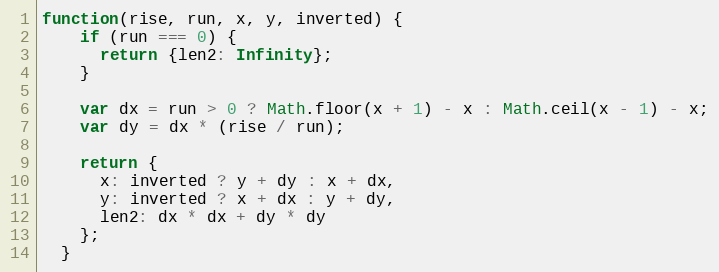
Language: JavaScript
function(rise, run, x, y, inverted) {
    if (run === 0) {
      return {len2: Infinity};
    }

    var dx = run > 0 ? Math.floor(x + 1) - x : Math.ceil(x - 1) - x;
    var dy = dx * (rise / run);

    return {
      x: inverted ? y + dy : x + dx,
      y: inverted ? x + dx : y + dy,
      len2: dx * dx + dy * dy
    };
  }